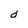
Character: d